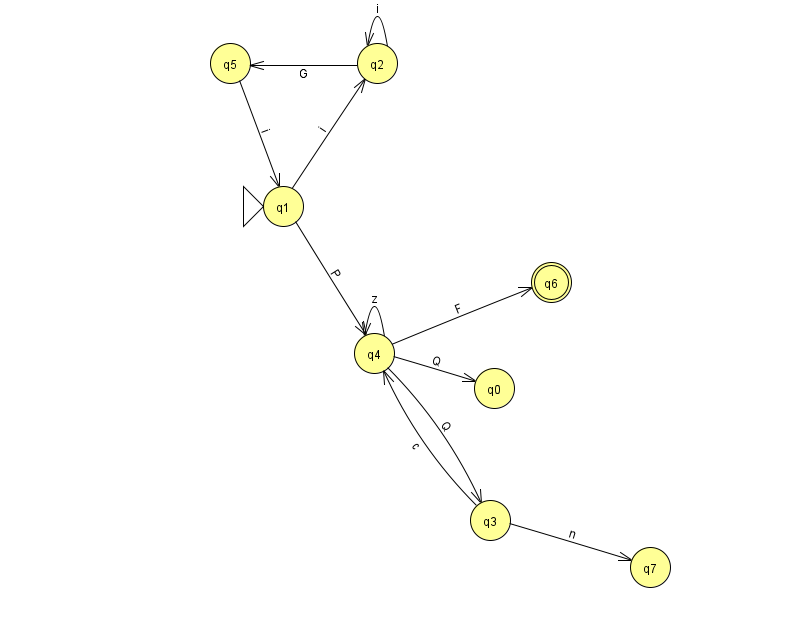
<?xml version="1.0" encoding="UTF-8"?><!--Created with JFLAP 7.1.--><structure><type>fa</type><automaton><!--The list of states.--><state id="0" name="q0"><x>494.0</x><y>375.0</y></state><state id="1" name="q1"><x>283.0</x><y>193.0</y><initial/></state><state id="2" name="q2"><x>377.0</x><y>50.0</y></state><state id="3" name="q3"><x>490.0</x><y>507.0</y></state><state id="4" name="q4"><x>374.0</x><y>340.0</y></state><state id="5" name="q5"><x>230.0</x><y>50.0</y></state><state id="6" name="q6"><x>551.0</x><y>269.0</y><final/></state><state id="7" name="q7"><x>650.0</x><y>554.0</y></state><!--The list of transitions.--><transition><from>3</from><to>4</to><read>c</read></transition><transition><from>1</from><to>4</to><read>P</read></transition><transition><from>4</from><to>0</to><read>Q</read></transition><transition><from>4</from><to>3</to><read>Q</read></transition><transition><from>4</from><to>6</to><read>F</read></transition><transition><from>2</from><to>5</to><read>G</read></transition><transition><from>3</from><to>7</to><read>n</read></transition><transition><from>1</from><to>2</to><read>i</read></transition><transition><from>2</from><to>2</to><read>i</read></transition><transition><from>4</from><to>4</to><read>z</read></transition><transition><from>5</from><to>1</to><read>i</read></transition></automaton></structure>